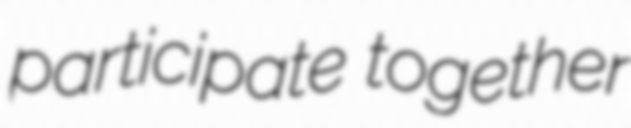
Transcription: participate together